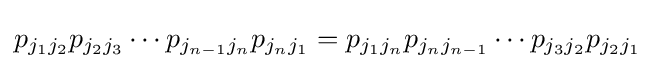
p_{j_{1}j_{2}}p_{j_{2}j_{3}}\cdots p_{j_{n-1}j_{n}}p_{j_{n}j_{1}}=p_{j_{1}j_{n}}p_{j_{n}j_{n-1}}\cdots p_{j_{3}j_{2}}p_{j_{2}j_{1}}